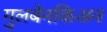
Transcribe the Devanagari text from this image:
गुलबेनकिअन